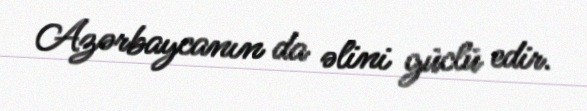
Azərbaycanın da əlini güclü edir.